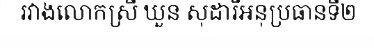
រវាងលោកស្រី ឃួន សុដារីអនុប្រធានទី២